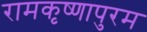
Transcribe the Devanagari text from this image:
रामकृष्णापुरम